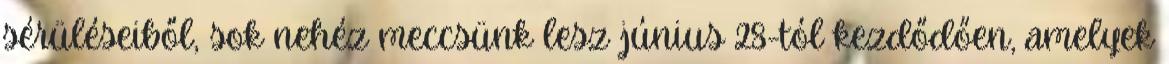
sérüléseiből, sok nehéz meccsünk lesz június 28-tól kezdődően, amelyek